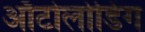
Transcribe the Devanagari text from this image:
ऑटोलोडिंग